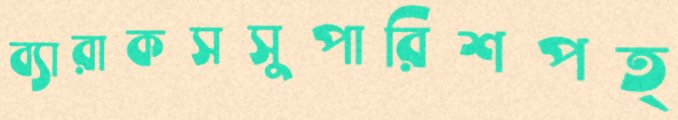
ব্যারাকসসুপারিশপত্